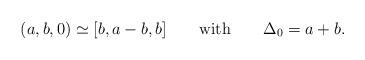
LaTeX: \begin{align*}(a,b,0)\simeq[b,a-b,b]\qquad\mbox{with}\qquad \Delta_0=a+b.\end{align*}